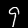
Digit: 9